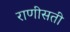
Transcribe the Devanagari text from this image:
राणीसती